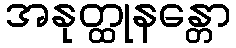
အနုတ္ထုနန္တော